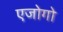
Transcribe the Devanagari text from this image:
एजोगो